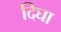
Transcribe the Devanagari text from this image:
दिघा